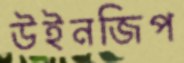
উইনজিপ